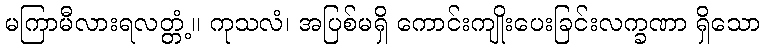
မကြာမီလားရလတ္တံ့။ ကုသလံ၊ အပြစ်မရှိ ကောင်းကျိုးပေးခြင်းလက္ခဏာ ရှိသော